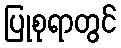
ပြုစုရာတွင်